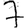
Digit: 7